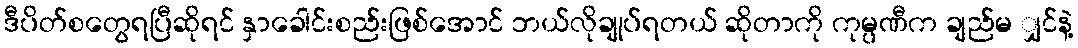
ဒီပိတ်စတွေရပြီဆိုရင် နှာခေါင်းစည်းဖြစ်အောင် ဘယ်လိုချုပ်ရတယ် ဆိုတာကို ကုမ္ပဏီက ချည်မ ျှင်နဲ့